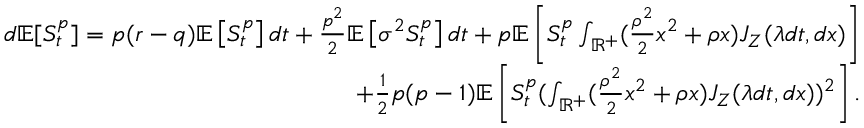
\begin{array} { r } { d \mathbb { E } [ S _ { t } ^ { p } ] = p ( r - q ) \mathbb { E } \left[ S _ { t } ^ { p } \right] d t + \frac { p ^ { 2 } } { 2 } \mathbb { E } \left[ \sigma ^ { 2 } S _ { t } ^ { p } \right] d t + p \mathbb { E } \left[ S _ { t } ^ { p } \int _ { \mathbb { R } ^ { + } } ( \frac { \rho ^ { 2 } } { 2 } x ^ { 2 } + \rho x ) { J } _ { Z } ( \lambda d t , d x ) \right] } \\ { + \frac { 1 } { 2 } p ( p - 1 ) \mathbb { E } \left[ S _ { t } ^ { p } ( \int _ { \mathbb { R } ^ { + } } ( \frac { \rho ^ { 2 } } { 2 } x ^ { 2 } + \rho x ) { J } _ { Z } ( \lambda d t , d x ) ) ^ { 2 } \right] . } \end{array}